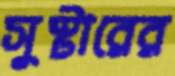
সুস্টারের